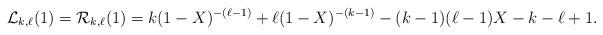
LaTeX: \begin{align*} \mathcal{L}_{k,\ell}(1)= \mathcal{R}_{k,\ell}(1) = k (1-X)^{-(\ell-1)}+\ell (1-X)^{-(k-1)} - (k-1)(\ell-1)X - k - \ell +1. \end{align*}